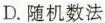
D.随机数法